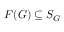
F ( G ) \subseteq S _ { G }